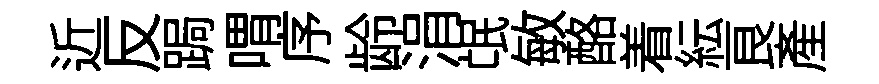
近反跼喟序龄涓氓敏酪着紜良産